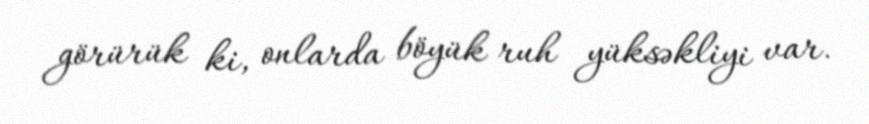
görürük ki, onlarda böyük ruh yüksəkliyi var.